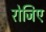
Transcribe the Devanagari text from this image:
रोजिए